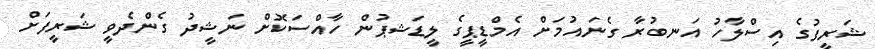
ޝަރީފުގެ އިސްލާހު އަނބުރާ ގެނައުމަށް އެމްޑީޕީގެ ލީޑަޝޕުން ހާއްސަކޮށް ނަޝީދު ގެންދެވީ ޝަރީފަށް